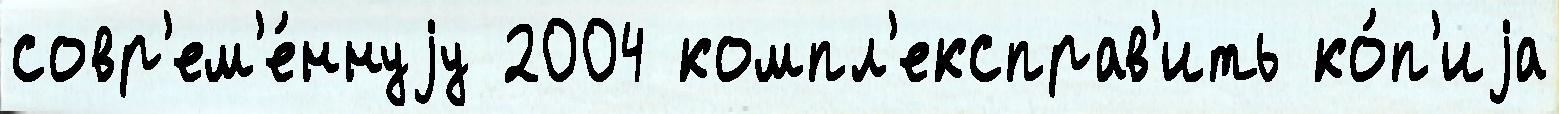
совр'ем'е́ннуjу 2004 компл'експрав'ить ко́п'иjа